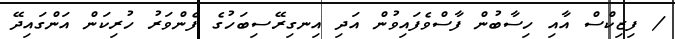
/ ފިޒިކްސް އާއި ހިސާބުން ފާސްވެފައިވުން އަދި އިނގިރޭސިބަހުގެ ފެންވަރު ހުރިކަން އަންގައިދޭ